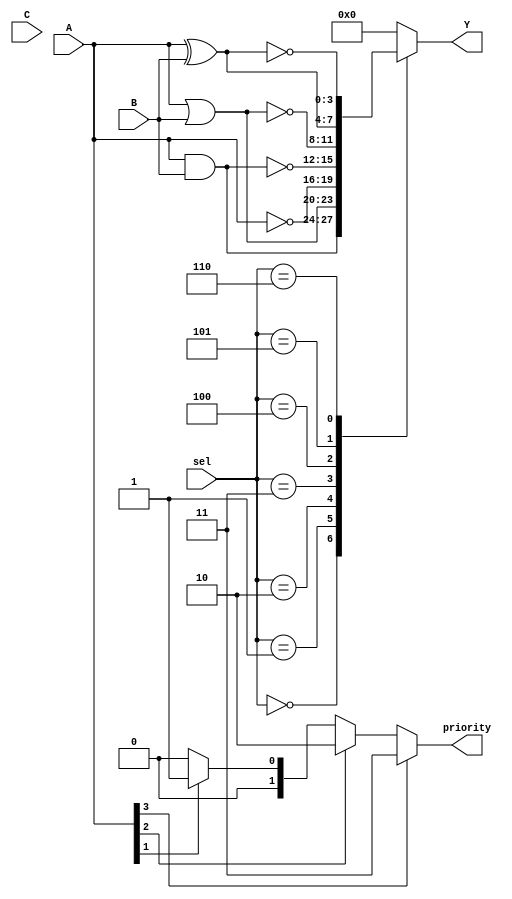
module combinational_logic_blocks (
    input  wire [3:0] A,        // Example: 4-bit input A
    input  wire [3:0] B,        // Example: 4-bit input B
    input  wire [3:0] C,        // Example: 4-bit input C
    input  wire [2:0] sel,      // Selection lines for operation
    output wire [3:0] Y,        // Output for the logic operation
    output wire [1:0] priority   // Output for priority encoder
);

// Logic Operations
always @(*) begin
    case (sel)
        3'b000: Y = A & B;        // AND
        3'b001: Y = A | B;        // OR
        3'b010: Y = ~A;           // NOT (A)
        3'b011: Y = ~(A & B);     // NAND
        3'b100: Y = ~(A | B);     // NOR
        3'b101: Y = A ^ B;        // XOR
        3'b110: Y = ~(A ^ B);     // XNOR
        default: Y = 4'b0000;     // Default case
    endcase
end

// Priority Encoder
assign priority = (A[3] == 1'b1) ? 2'b11 :
                  (A[2] == 1'b1) ? 2'b10 :
                  (A[1] == 1'b1) ? 2'b01 :
                  (A[0] == 1'b1) ? 2'b00 : 2'b00; // Assuming A as priority input

// Optional - Implement a decoder or encoder if needed
// This can be done based on specific requirements for the design.

endmodule